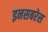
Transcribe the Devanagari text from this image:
इनसबरेस